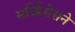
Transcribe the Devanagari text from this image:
सर्व्हिसेसने